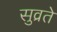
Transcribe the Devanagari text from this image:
सुव्रते